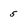
Character: 5